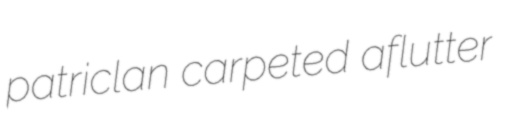
patriclan carpeted aflutter